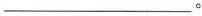
___。